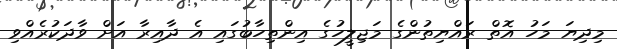
މިދިޔަ މަހު އޮތް ރައްޔިތުންގެ މަޖިލީހުގެ އިންތިހާބުގައި އެ ދާއިރާ އަށް ވާދަކުރެއްވި